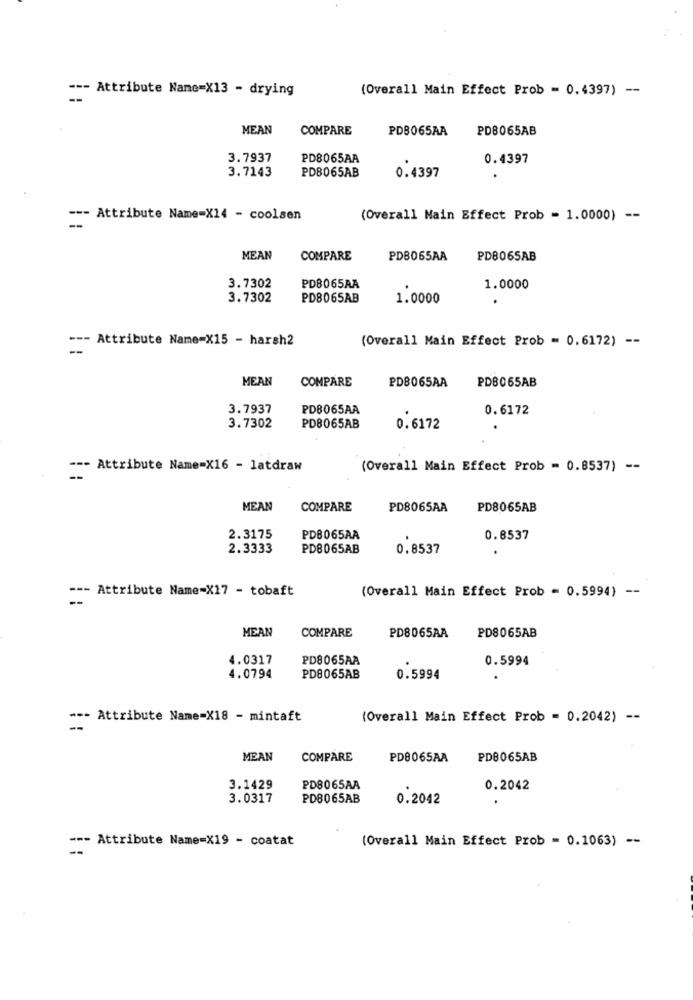
--- Attribute Name=X13 - drying
(Overall Main Effect Prob = 0.4397) --
MEAN
COMPARE
PDB065AA
PDB065AB
3.7937
PD8065AA
0.4397
3.7143
PD8065AB
0.4397
--- Attribute Name=X14 - coolsen
(Overall Main Effect Prob = 1.0000) --
MEAN
COMPARE
PDB065AA
PD8065AB
3.7302
PD8065AA
1.0000
3.7302
PD8065AB
1.0000
--- Attribute Name=X15 - harsh2
(Overall Main Effect Prob = 0.6172) --
MEAN
COMPARE
PDB065AB
PD8065AA
3.7937
PDB065AA
0.6172
3.7302
PD8065AB
0.6172
--- Attribute Name=X16 - latdraw
(Overall Main Effect Prob = 0.8537) --
--
MEAN
COMPARE
PD8065AA
PD8065AB
2.3175
PDB065AA
0.8537
2.3333
PD8065AB
0.8537
--- Attribute Name=X17 - tobaft
--
(Overall Main Effect Prob = 0.5994) --
MEAN
COMPARE
PD8065AB
PD8065AA
4.0317
PD8065AA
0.5994
4.0794
PD8065AB
0.5994
--- Attribute Name=X18 - mintaft
(Overall Main Effect Prob = 0.2042) --
MEAN
COMPARE
PD8065AA
PD8065AB
3.1429
PD8065AA
0.2042
3.0317
PD8065AB
0.2042
--- Attribute Name=X19 - coatat
(Overall Main Effect Prob = 0.1063) --
--